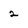
Character: 2